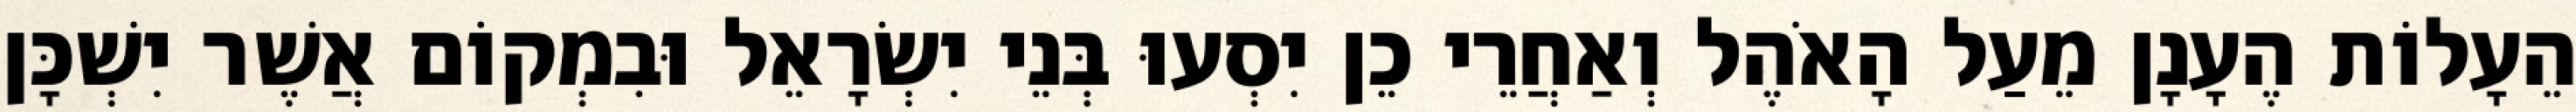
הֵעָלוֹת הֶעָנָן מֵעַל הָאֹהֶל וְאַחֲרֵי כֵן יִסְעוּ בְּנֵי יִשְׂרָאֵל וּבִמְקוֹם אֲשֶׁר יִשְׁכָּן